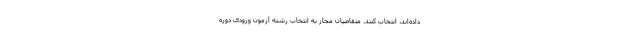
داده‌اند، انتخاب کنند. متقاضیان مجاز به انتخاب رشته آزمون ورودی دوره